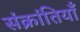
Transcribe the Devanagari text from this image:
संक्रांतियाँ